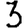
Digit: 3